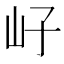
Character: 㞨